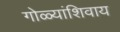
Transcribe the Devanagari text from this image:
गोळ्यांशिवाय